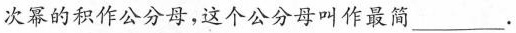
次幂的积作公分母，这个公分母叫作最简___.